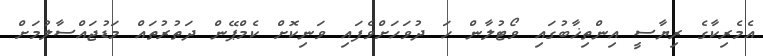
އެމެރިކާގެ ރިޔާސީ އިންތިޚާބުގައި ވޯޓުލާން ހަ ދުވަހަށްވެފައި ވަނިކޮށް ކެމްޕޭން ދަތުރުތައް މަޑުޖައްސާލުމަށް